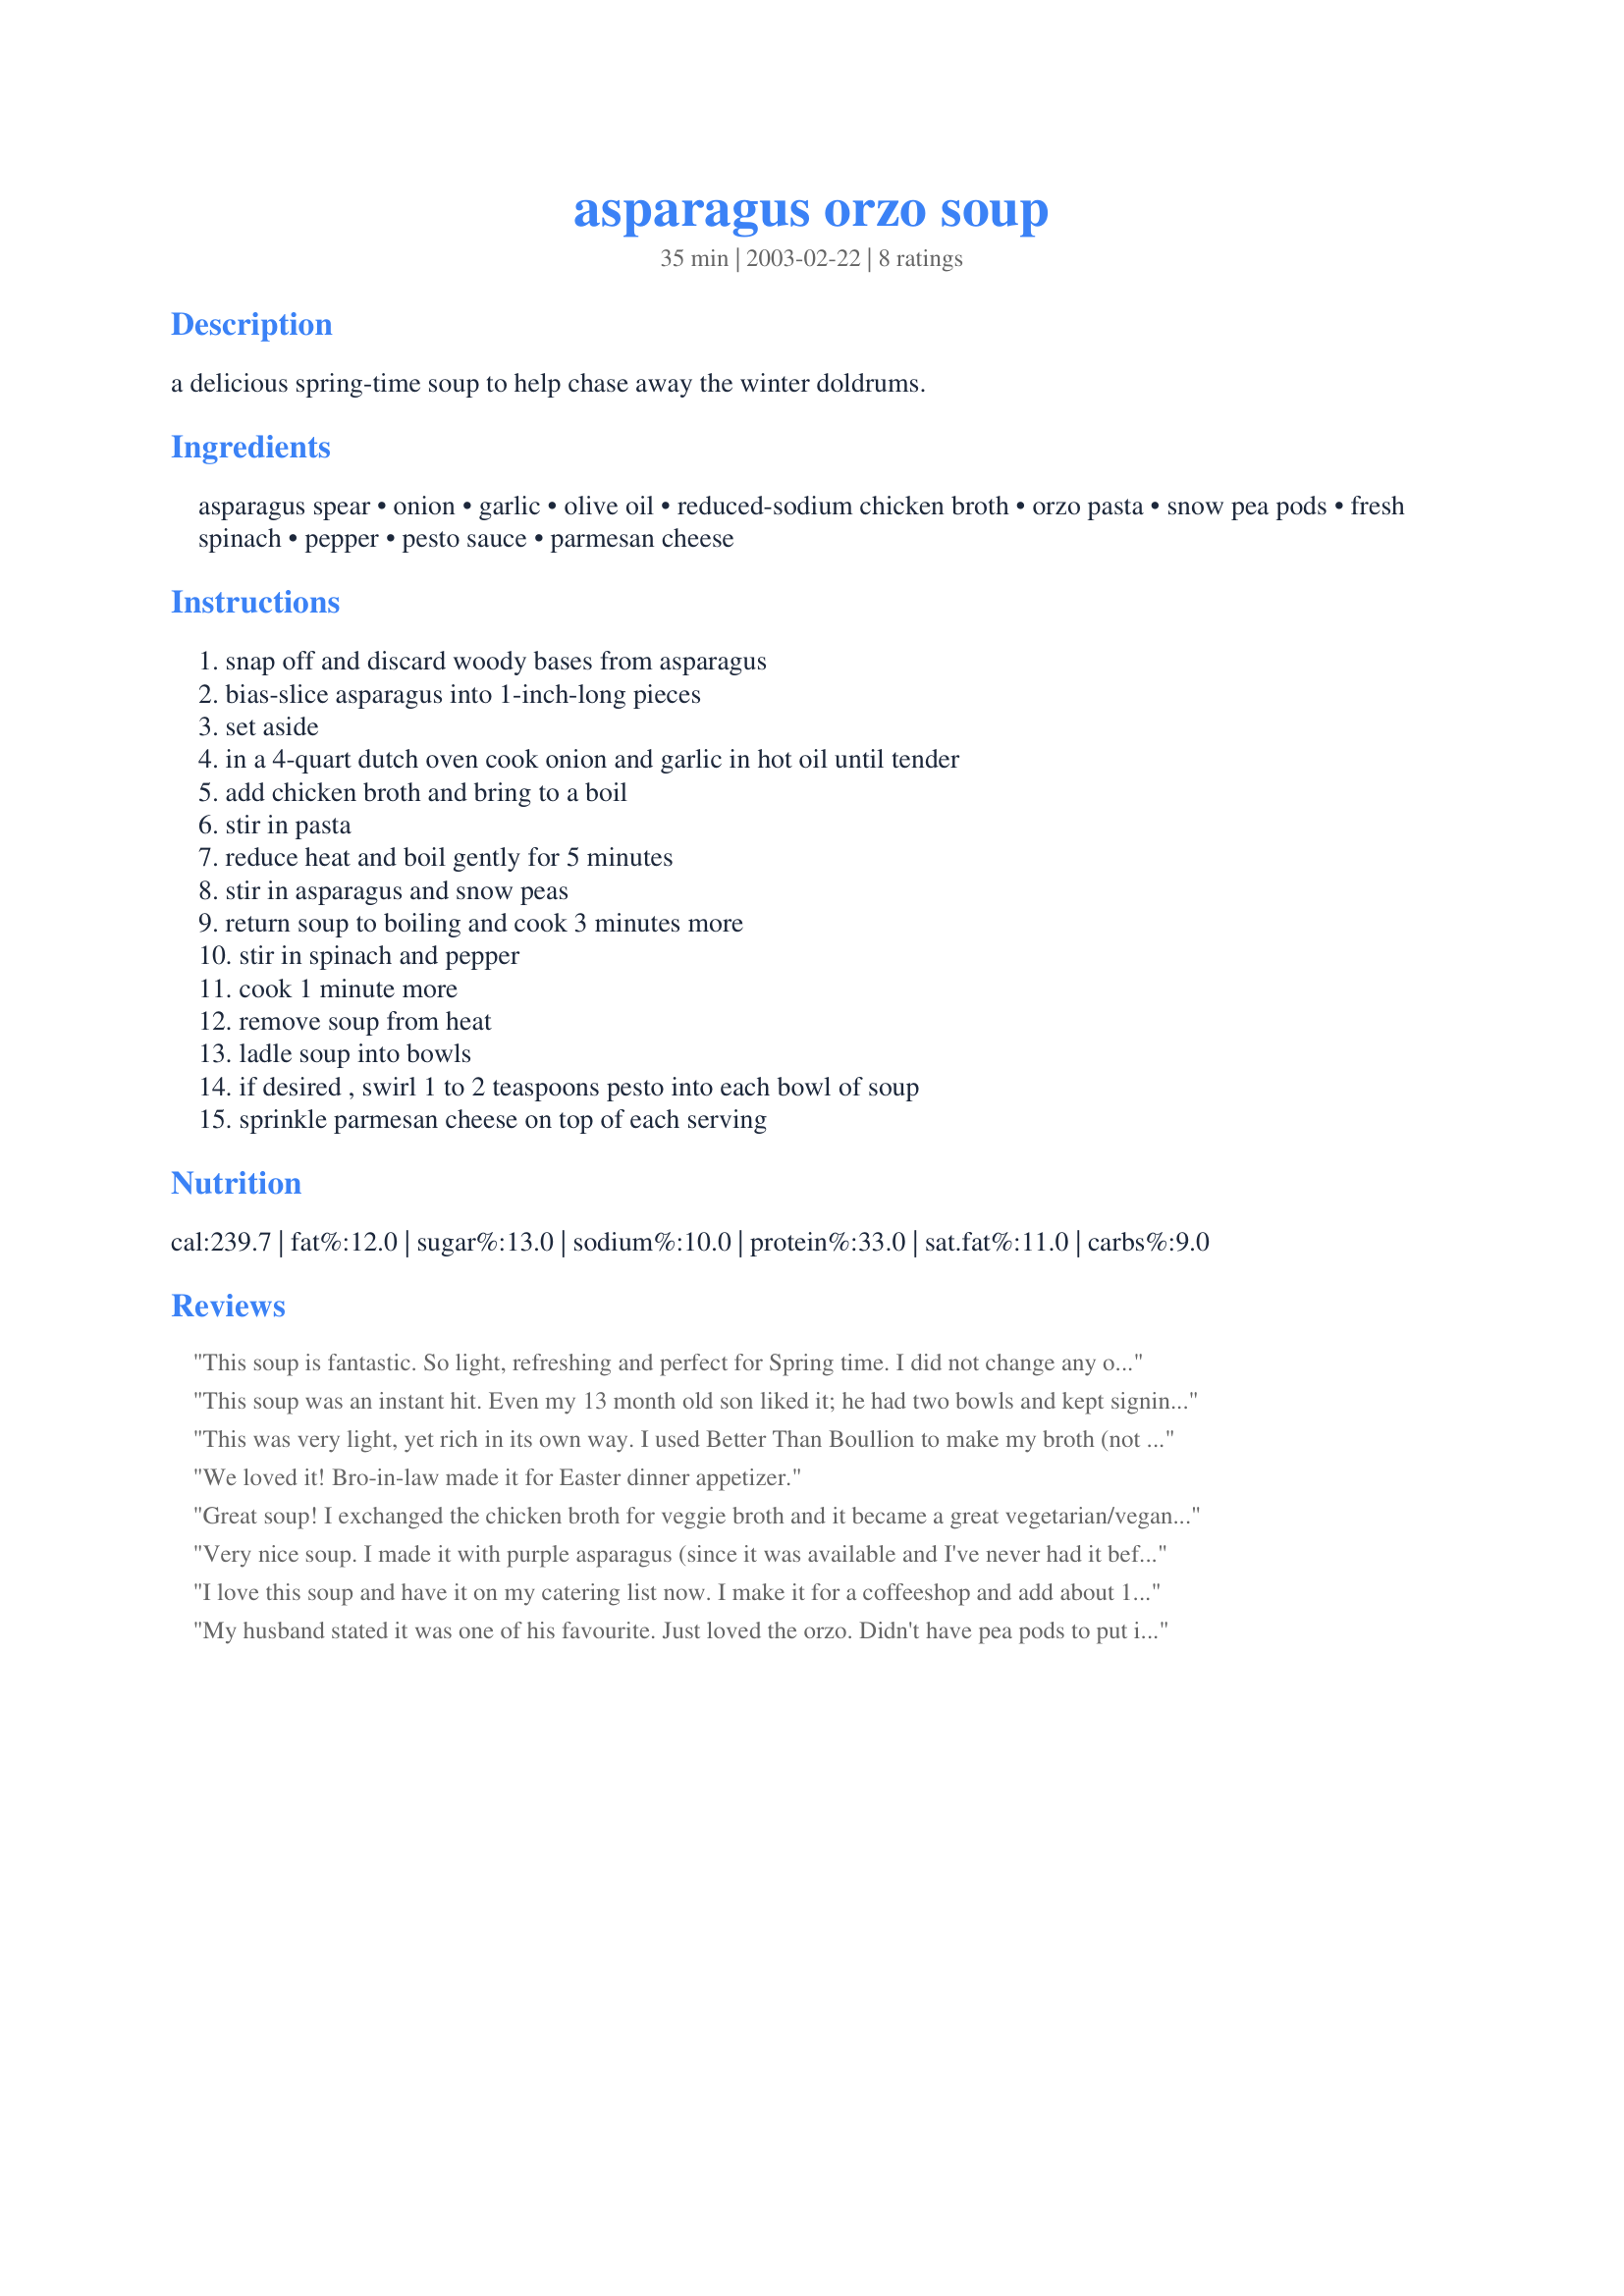
asparagus orzo soup
Preparation time: 35 minutes

a delicious spring-time soup to help chase away the winter doldrums.

Ingredients:
asparagus spear, onion, garlic, olive oil, reduced-sodium chicken broth, orzo pasta, snow pea pods, fresh spinach, pepper, pesto sauce, parmesan cheese

Steps:
snap off and discard woody bases from asparagus, bias-slice asparagus into 1-inch-long pieces, set aside, in a 4-quart dutch oven cook onion and garlic in hot oil until tender, add chicken broth and bring to a boil, stir in pasta, reduce heat and boil gently for 5 minutes, stir in asparagus and snow peas, return soup to boiling and cook 3 minutes more, stir in spinach and pepper, cook 1 minute more, remove soup from heat, ladle soup into bowls, if desired , swirl 1 to 2 teaspoons pesto into each bowl of soup, sprinkle parmesan cheese on top of each serving

Reviews:
This soup is fantastic. So light, refreshing and perfect for Spring time.
I did not change any of the ingredients, but I did end up using 1 1/2 pounds of asparagus, 1 cup of onion and 1 cup of orzo.
The soup comes together very very quickly.
If you love asparagus, make this soup.
This soup was an instant hit. Even my 13 month old son liked it; he had two bowls and kept signing "more!". I added some cooked chicken, because my husband likes a lot of protein in his food, and used homemade turkey broth instead of the canned. I also mixed the pesto right into the soup on the stovetop, and added a tad of salt. It was sooooo good! I like it because it was filling but not heavy, and a nice change from my usual chicken and barley soups. I didn't have any pasta, but I'm sure they would have been great in there!
This was very light, yet rich in its own way. I used Better Than Boullion to make my broth (not low-sodium) and used 8 cups instead of 6. I followed MeanChef's measurements for onion, asparagus and pasta, but I used tiny star pasta to keep the kids' interest piqued as this soup is very "green" in looks and in flavor. (I might add that the kids LOVED the soup to my delight.) I used only 2 cups of snow peas and 2 cups of spinach. The pesto adds a great deal of flavor. Served this soup with crusty bread and it was just delicious. ~Jeff's Girl Way Out West
We loved it! Bro-in-law made it for Easter dinner appetizer.
Great soup! I exchanged the chicken broth for veggie broth and it became a great vegetarian/vegan dish! Prep time was much greater than ten minutes (closer to 30 minutes for me to prep and cut all the ingredients, but I also doubled the recipe); the result was worth the additional time.
Very nice soup. I made it with purple asparagus (since it was available and I've never had it before), and really liked the flavor. The soup is easy to make, (cleaning the spinach is by far the most difficult part), so the next time I'll use packaged, pre-washed spinach.
I love this soup and have it on my catering list now. I make it for a coffeeshop and add about 1 lb of ground sausage (to beef it up). Without it is awesome and light. It's also so simple and fun to prepare. Love it!
My husband stated it was one of his favourite. Just loved the orzo. Didn't have pea pods to put in frozen green peas. The pesto really makes the soup
